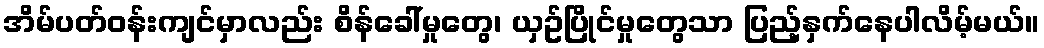
အိမ်ပတ်ဝန်းကျင်မှာလည်း စိန်ခေါ်မှုတွေ၊ ယှဥ်ပြိုင်မှုတွေသာ ပြည့်နှက်နေပါလိမ့်မယ်။